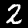
Digit: 2